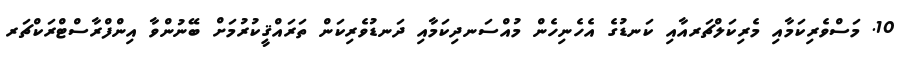
10. މަސްވެރިކަމާއި މެރިކަލްޗަރއާއި ކަނޑުގެ އެހެނިހެން މުއްސަނދިކަމާއި ދަނޑުވެރިކަން ތަރައްޤީކުރުމަށް ބޭނުންވާ އިންފްރާސްޓްރަކްޗަރ